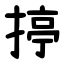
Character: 揨